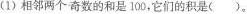
(1) 相邻两个奇数的和是100，它们的积是()。